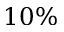
1 0 \%